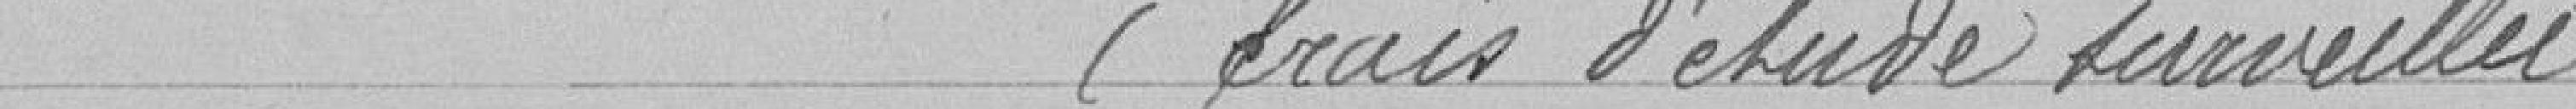
(frais d'étude surveillée)    36 francs